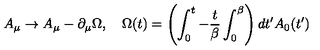
A _ { \mu } \rightarrow A _ { \mu } - \partial _ { \mu } \Omega , \quad \Omega ( t ) = \left( \int _ { 0 } ^ { t } - { \frac { t } { \beta } } \int _ { 0 } ^ { \beta } \right) d t ^ { \prime } A _ { 0 } ( t ^ { \prime } )